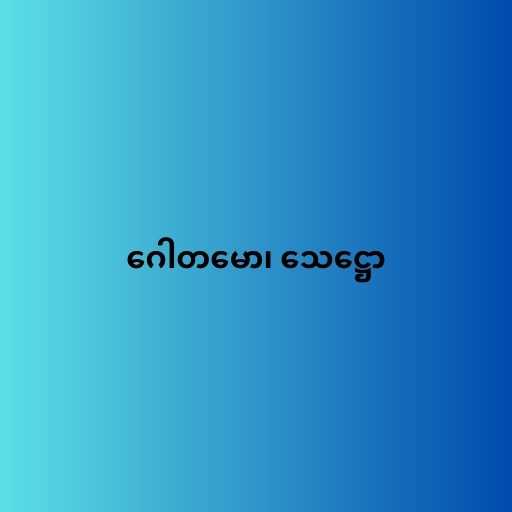
ဂေါတမော၊ သေဋ္ဌော